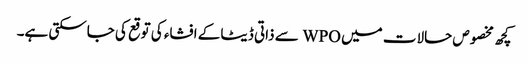
کچھ مخصوص حالات میں WPO سے ذاتی ڈیٹا کے افشاء کی توقع کی جاسکتی ہے۔